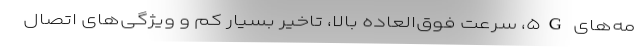
مه‌های ۵G، سرعت فوق‌العاده بالا، تاخیر بسیار کم و ویژگی‌های اتصال